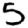
Digit: 5